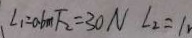
L _ { 1 } = 0 . 6 m F _ { 2 } = 3 0 N L _ { 2 } = 1 _ { 2 }